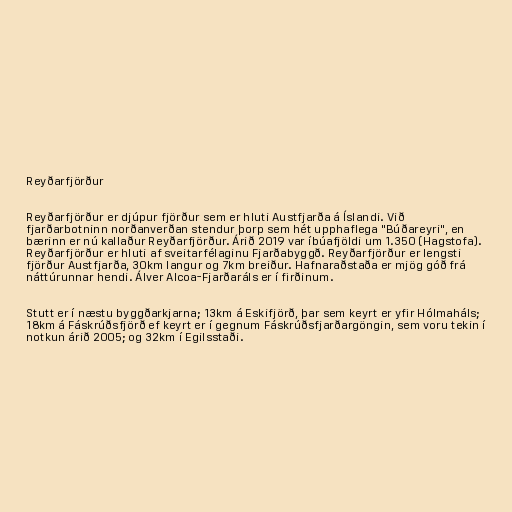
Reyðarfjörður

Reyðarfjörður er djúpur fjörður sem er hluti Austfjarða á Íslandi. Við
fjarðarbotninn norðanverðan stendur þorp sem hét upphaflega "Búðareyri", en
bærinn er nú kallaður Reyðarfjörður. Árið 2019 var íbúafjöldi um 1.350 (Hagstofa).
Reyðarfjörður er hluti af sveitarfélaginu Fjarðabyggð. Reyðarfjörður er lengsti
fjörður Austfjarða, 30km langur og 7km breiður. Hafnaraðstaða er mjög góð frá
náttúrunnar hendi. Álver Alcoa-Fjarðaráls er í firðinum.

Stutt er í næstu byggðarkjarna; 13km á Eskifjörð, þar sem keyrt er yfir Hólmaháls;
18km á Fáskrúðsfjörð ef keyrt er í gegnum Fáskrúðsfjarðargöngin, sem voru tekin í
notkun árið 2005; og 32km í Egilsstaði.